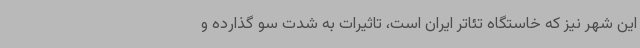
این شهر نیز که خاستگاه تئاتر ایران است، تاثیرات به شدت سو گذارده و